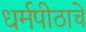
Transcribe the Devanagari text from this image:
धर्मपीठाचे